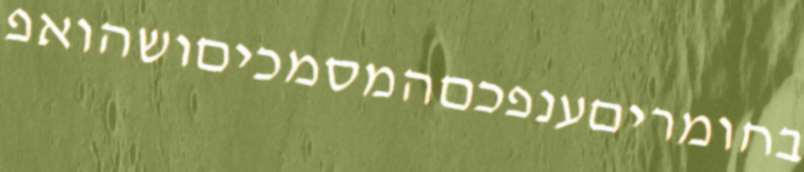
בחומריםענפכםהמסמכיםושהואפ